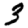
Digit: 3